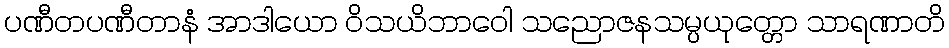
ပဏီတပဏီတာနံ အာဒါယော ဝိသယိဘာဝေါ သညောဇနသမ္ပယုတ္တော သာရဏာတိ